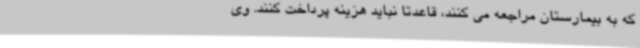
که به بیمارستان‌ مراجعه می کنند، قاعدتا نباید هزینه پرداخت کنند. وی